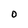
Character: O